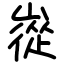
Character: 嵸